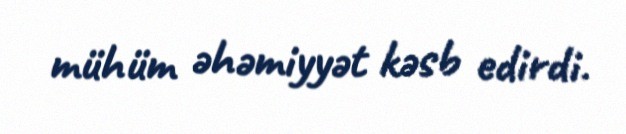
mühüm əhəmiyyət kəsb edirdi.